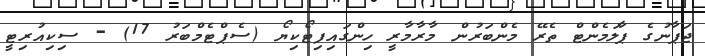
ޖަޕާނުގެ ޕާލަމެންޓް ތެރޭ މެންބަރުން މާރާމާރީ ހިންގައިފިޓޯކިޔޯ (ސެޕްޓެމްބަރު 17) - ސިކިއުރިޓީ